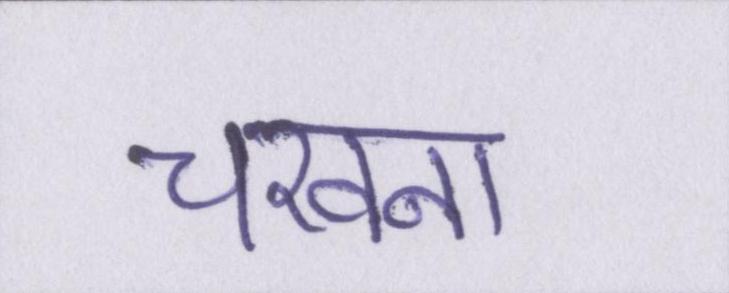
चखना